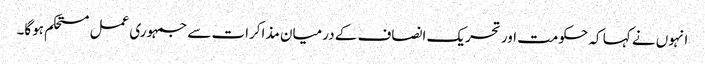
انہوں نے کہا کہ حکومت اور تحریک انصاف کے درمیان مذاکرات سے جمہوری عمل مستحکم ہوگا۔